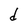
Character: d